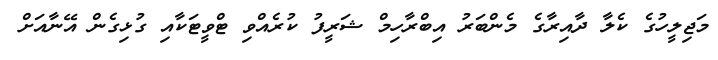
މަޖިލީހުގެ ކެލާ ދާއިރާގެ މެންބަރު އިބްރާހިމް ޝަރީފު ކުރެއްވި ޓްވީޓަކާއި ގުޅިގެން އޭނާއަށް